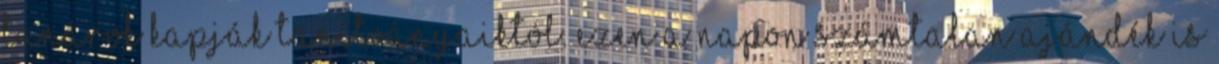
tanárok kapják tanítványaiktól. Ezen a napon számtalan ajándék is